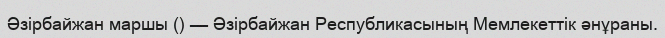
Әзірбайжан маршы () — Әзірбайжан Республикасының Мемлекеттік әнұраны.